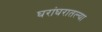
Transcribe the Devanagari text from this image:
घरांघरातल्या